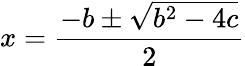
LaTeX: x={\frac{-b\pm{\sqrt{b^{2}-4c}}}{2}}